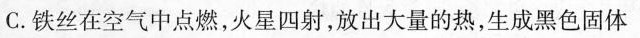
C.铁丝在空气中点燃，火星四射，放出大量的热，生成黑色固体